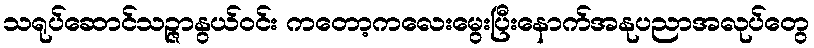
သရုပ်ဆောင်သဉ္ဇာနွယ်ဝင်း ကတော့ကလေးမွေးပြီးနောက်အနုပညာအလုပ်တွေ